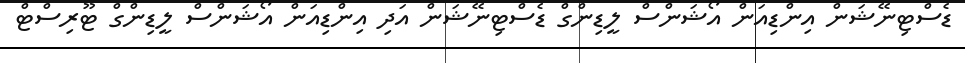
ޑެސްޓިނޭޝަން އިންޑިއަން އޯޝަންސް ލީޑިންގް ޑެސްޓިނޭޝަން އަދި އިންޑިއަން އޯޝަންސް ލީޑިންގް ޓޫރިސްޓް